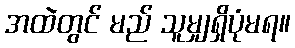
အထဲတွင် မည် သူမျှရှိပုံမရ။